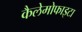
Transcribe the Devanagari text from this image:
कैलेमोफाइटा